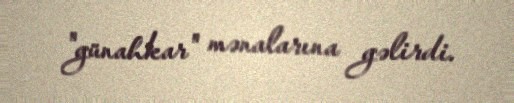
"günahkar" mənalarına gəlirdi.